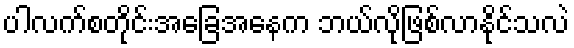
ပါလက်စတိုင်းအခြေအနေက ဘယ်လိုဖြစ်လာနိုင်သလဲ